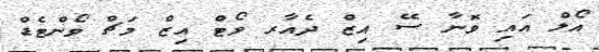
އޯލް އައި ވޮނާ ސޭ އިޒް ދެއާރ ވޯޓް އިޒް މަޗް ވޯންޓެޑް